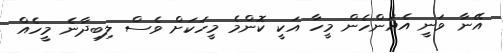
އޭނާ ވަނީ އެއަންހެން މީހާ އަކީ ކޮންމެ މީހަކަށް ވެސް ލިބިދާނެ މީހެއް